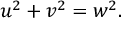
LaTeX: u ^ { 2 } + v ^ { 2 } = w ^ { 2 } .